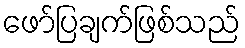
ဖော်ပြချက်ဖြစ်သည်